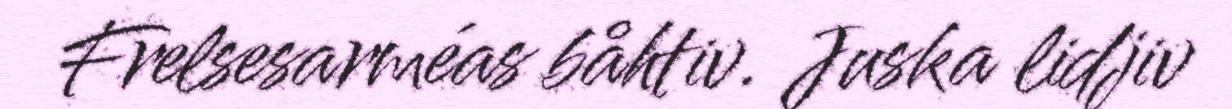
Frelsesarméas båhtiv. Juska lidjiv